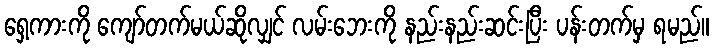
ရှေ့ကားကို ကျော်တက်မယ်ဆိုလျှင် လမ်းဘေးကို နည်းနည်းဆင်းပြီး ပန်းတက်မှ ရမည်။